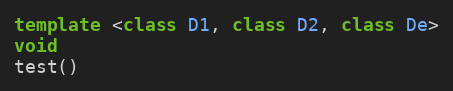
Language: C++
template <class D1, class D2, class De>
void
test()